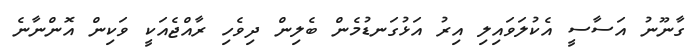
ގާނޫނު އަސާސީ އެކުލަވައިލި އިރު އަޅުގަނޑުމެން ބެލިން ދިވެހި ރާއްޖެއަކީ ވަކިން އޮންނާނެ